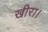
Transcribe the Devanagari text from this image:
खीरा।